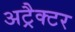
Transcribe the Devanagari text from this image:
अट्रैक्टर